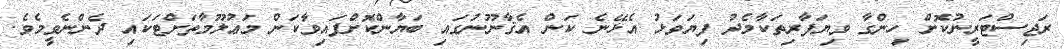
ރަޖިސްޓަރީނުކޮށް ހިންގާ ވިޔަފާރިތަކާމެދު ފިޔަވަޅު އެޅޭނެ ކަން އެޤާނޫނުގައި ބަޔާންކޮށްފައިވާކަން މަޢުލޫމާތަށްޓަކައި ދެންނެވީމެވެ.